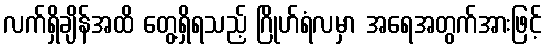
လက်ရှိချိန်အထိ တွေ့ရှိရသည့် ဂြိုဟ်ရံလမှာ အရေအတွက်အားဖြင့်